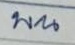
บน